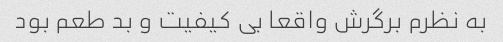
به نظرم برگرش واقعا بی کیفیت و بد طعم بود